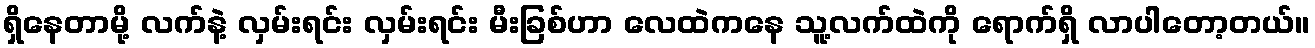
ရှိနေတာမို့ လက်နဲ့ လှမ်းရင်း လှမ်းရင်း မီးခြစ်ဟာ လေထဲကနေ သူ့လက်ထဲကို ရောက်ရှိ လာပါတော့တယ်။